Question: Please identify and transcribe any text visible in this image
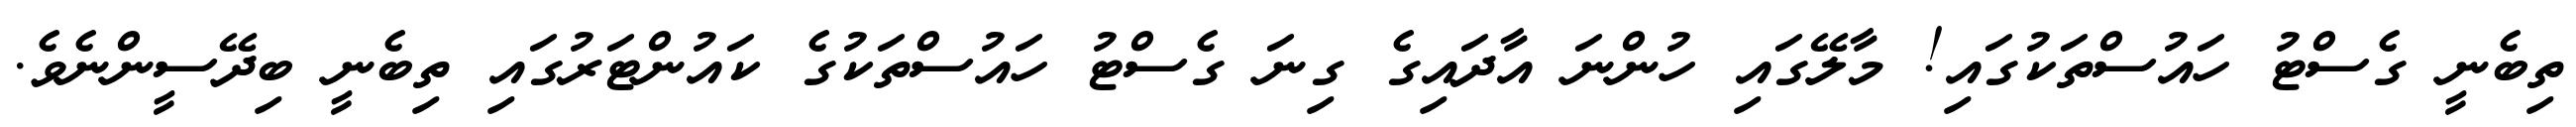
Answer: ތިބެނީ ގެސްޓު ހައުސްތަކުގައި! މާލޭގައި ހުންނަ އާދައިގެ ގިނަ ގެސްޓު ހައުސްތަކުގެ ކައުންޓަރުގައި ތިބެނީ ބިދޭސީންނެވެ.